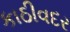
કાઠીવદર